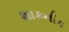
શાકનીન